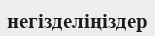
негізделіңіздер